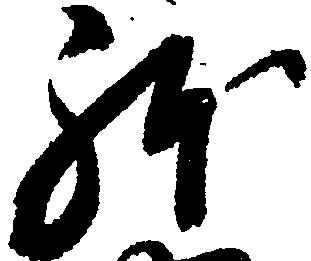
躰